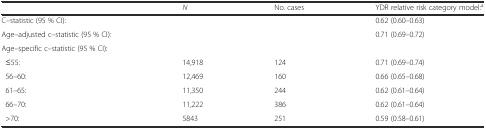
<table><thead><tr><td></td><td><b><i>N</i></b></td><td><b>No. cases</b></td><td><b>YDR relative risk category model:<sup>a</sup></b></td></tr></thead><tbody><tr><td>C–statistic (95 % CI):</td><td></td><td></td><td>0.62 (0.60–0.63)</td></tr><tr><td>Age–adjusted c–statistic (95 % CI):</td><td></td><td></td><td>0.71 (0.69–0.72)</td></tr><tr><td>Age–specific c–statistic (95 % CI):</td><td></td><td></td><td></td></tr><tr><td> ≤55:</td><td>14,918</td><td>124</td><td>0.71 (0.69–0.74)</td></tr><tr><td> 56–60:</td><td>12,469</td><td>160</td><td>0.66 (0.65–0.68)</td></tr><tr><td> 61–65:</td><td>11,350</td><td>244</td><td>0.62 (0.61–0.64)</td></tr><tr><td> 66–70:</td><td>11,222</td><td>386</td><td>0.62 (0.61–0.64)</td></tr><tr><td> &gt;70:</td><td>5843</td><td>251</td><td>0.59 (0.58–0.61)</td></tr></tbody></table>